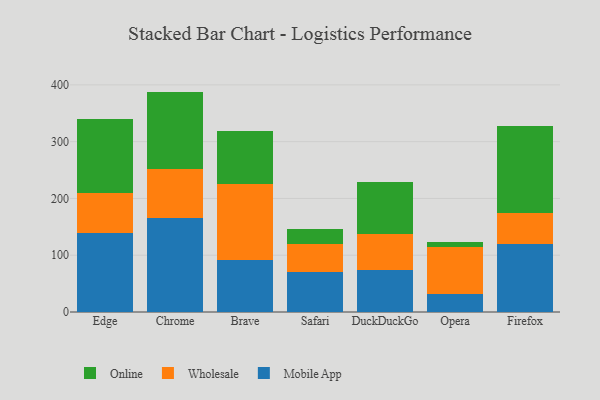
{"axis": {"x": "Browser", "y": "Satisfaction Score"}, "legend": ["Mobile App", "Online", "Wholesale"], "data": [{"x": "Edge", "y": 138.4, "type": "Mobile App"}, {"x": "Edge", "y": 71.7, "type": "Wholesale"}, {"x": "Edge", "y": 129.7, "type": "Online"}, {"x": "Chrome", "y": 166.2, "type": "Mobile App"}, {"x": "Chrome", "y": 85.8, "type": "Wholesale"}, {"x": "Chrome", "y": 136.2, "type": "Online"}, {"x": "Brave", "y": 92.3, "type": "Mobile App"}, {"x": "Brave", "y": 132.5, "type": "Wholesale"}, {"x": "Brave", "y": 94.0, "type": "Online"}, {"x": "Safari", "y": 69.9, "type": "Mobile App"}, {"x": "Safari", "y": 49.3, "type": "Wholesale"}, {"x": "Safari", "y": 26.3, "type": "Online"}, {"x": "DuckDuckGo", "y": 74.8, "type": "Mobile App"}, {"x": "DuckDuckGo", "y": 62.9, "type": "Wholesale"}, {"x": "DuckDuckGo", "y": 91.3, "type": "Online"}, {"x": "Opera", "y": 31.3, "type": "Mobile App"}, {"x": "Opera", "y": 82.5, "type": "Wholesale"}, {"x": "Opera", "y": 9.3, "type": "Online"}, {"x": "Firefox", "y": 120.4, "type": "Mobile App"}, {"x": "Firefox", "y": 54.8, "type": "Wholesale"}, {"x": "Firefox", "y": 152.4, "type": "Online"}]}